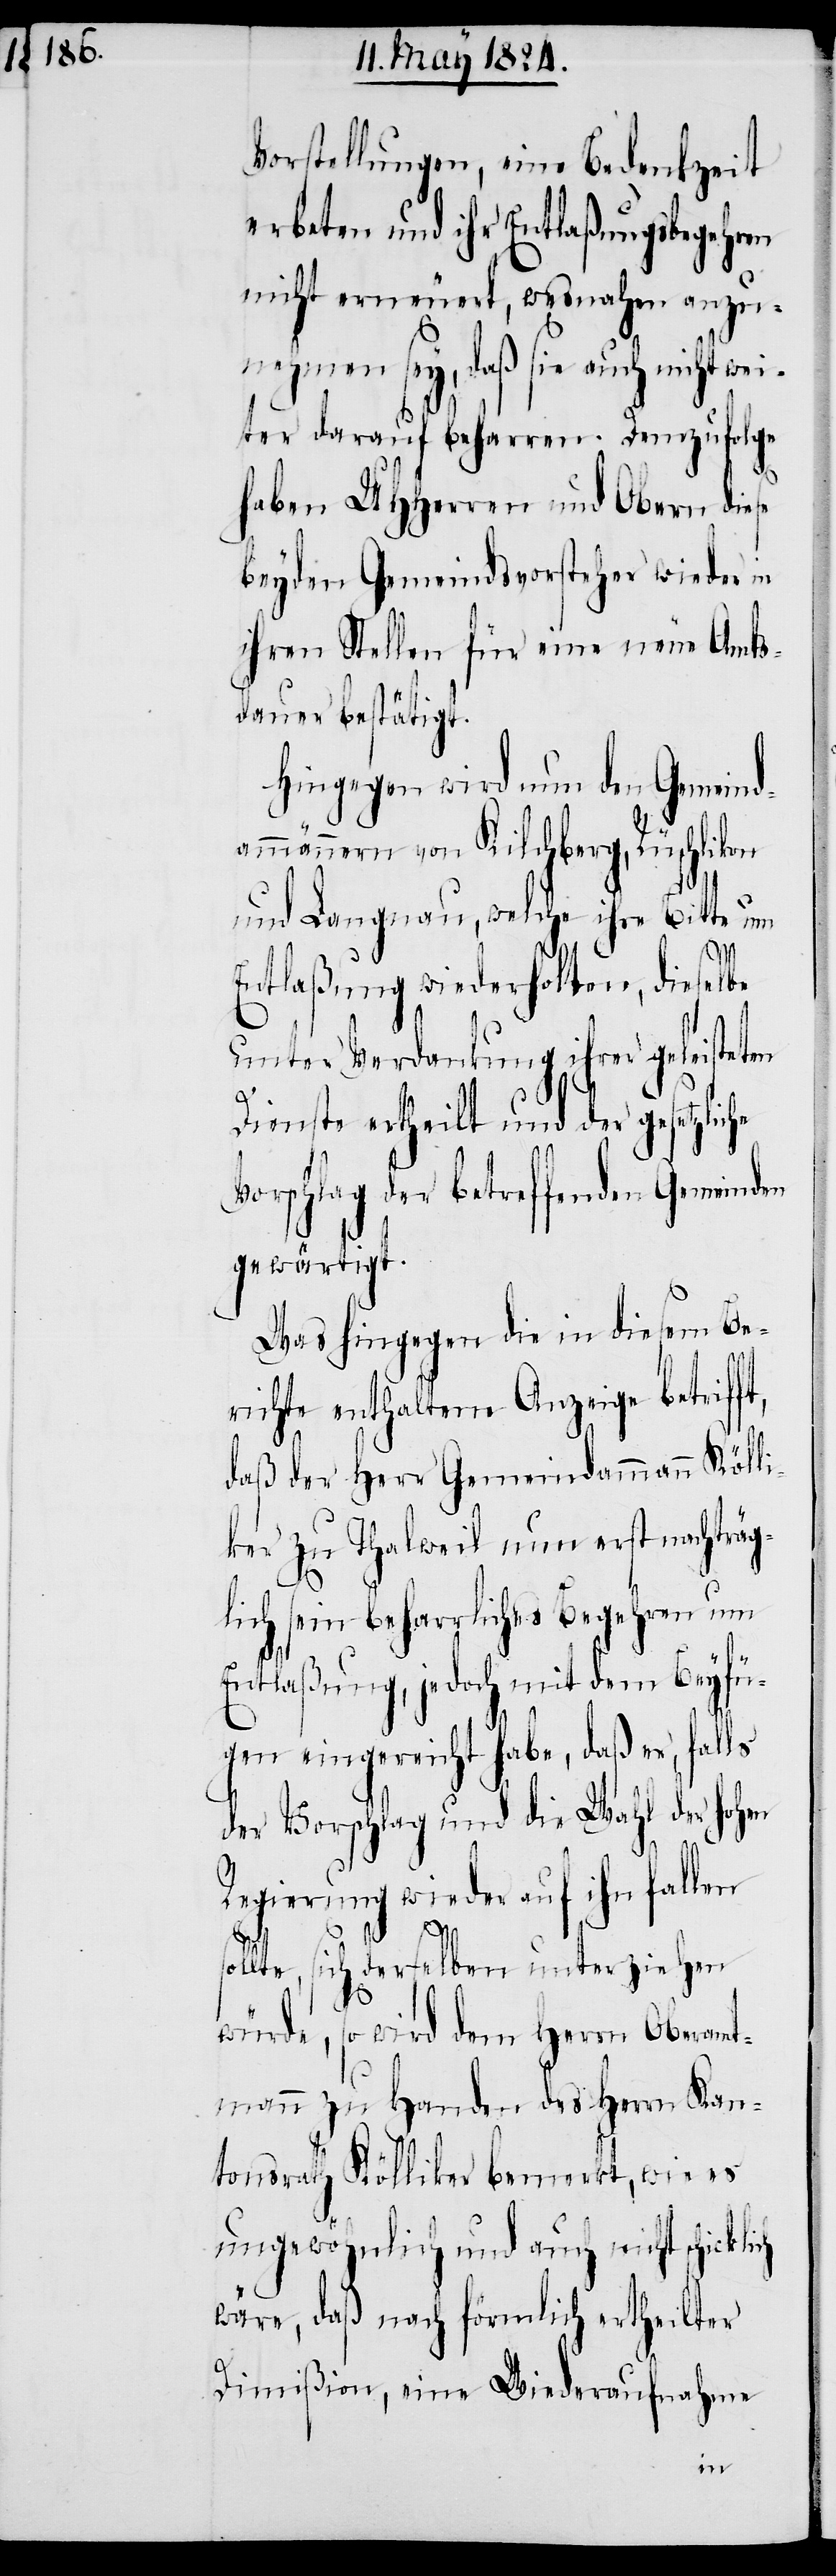
Vorstellungen, eine Bedenkzeit
erbeten und ihr Entlaßungsbegehren
nicht erneuert, wesnahen anzu¬
nehmen sey, daß sie auch nicht we¬
iter darauf beharren. Demzufolge
haben UHHerren und Obern diese
beyden Gemeindsvorsteher wieder in
ihren Stellen für eine neue Amts¬
dauer bestätigt.
Hingegen wird nun den Gemeind¬
ammännern von Kilchberg, Rüschlikon
und Langnau, welche ihre Bitte um
Entlaßung wiederholten, diesel¬
unter Verdankung ihrer geleisteten
Dienste ertheilt und der gesetzlic¬
Vorschlag der betreffenden Gemeinden
gewärtigt.
Was hingegen die in diesem Be¬
richte enthaltene Anzeige betriff¬
daß der Herr Gemeindammann Kölli¬
ker zu Thalweil nun erst nachträg¬
lich sein beharrliches Begehren um
Entlaßung, jedoch mit dem Beyfü¬
gen eingereicht habe, daß er, falls
der Vorschlag und die Wahl der hohen
Regierung wieder auf ihn
ollte, sich derselben unterziehen
s¬
würde, so wird dem Herrn Oberamt¬
mann zu Handen des Herrn Kan¬
tonsrath Kölliker bemerkt, wie es
ungewöhnlich und auch nicht schicklich
wäre, daß nach förmlich ertheilter
Dimißion, eine Wiederaufnahme